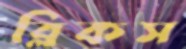
ব্লিকস